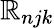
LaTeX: \mathbb{R}_{njk}